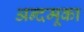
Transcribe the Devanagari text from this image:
अन्दमूका